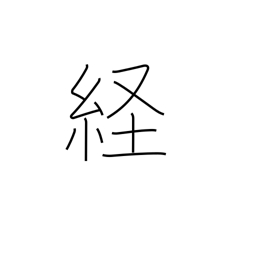
Meaning: longitude